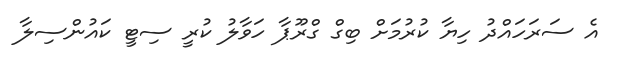
އެ ސަރަހައްދު ހިޔާ ކުރުމަށް ބިގް ގްރޫޕާ ހަވާލު ކުރީ ސިޓީ ކައުންސިލާ